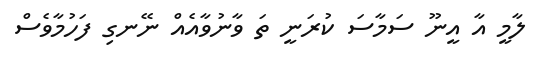
ލާމީ އާ އީނޫ ސަމާސަ ކުރަނީ ތަ ވާނުވާއެއް ނޭނގި ފަހުމާވެސް